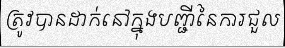
ត្រូវបានដាក់នៅក្នុងបញ្ជីនៃការជួល